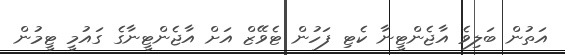
އަތުން ބަލިވެ އާޖެންޓީނާ ކެޓި ފަހުން ޓެވޭޒް އަށް އާޖެންޓީނާގެ ގައުމީ ޓީމުން